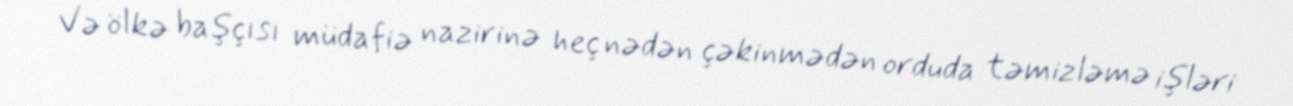
Və ölkə başçısı müdafiə nazirinə heç nədən çəkinmədən orduda təmizləmə işləri